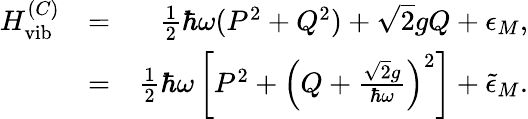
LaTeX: \begin{array}{rlr}{H_{\textrm{vib}}^{(C)}}&{=}&{\frac{1}{2}\hbar\omega(P^{2}+Q^{2})+\sqrt{2}gQ+\epsilon_{M},}\\ &{=}&{\frac{1}{2}\hbar\omega\left[P^{2}+\left(Q+\frac{\sqrt{2}g}{\hbar\omega}\right)^{2}\right]+\tilde{\epsilon}_{M}.}\end{array}